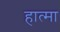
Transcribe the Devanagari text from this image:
हात्मा